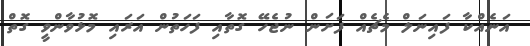
އަނެއްކާ ފައިނަލް މެޗެއް ފަށަން ނުޖެހޭ ގޮތާއި ފަހަތުން އަރައި މޮޅުވާންވީ ގޮތް